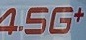
4.5G+